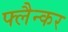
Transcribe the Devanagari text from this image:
फ्लैन्कर